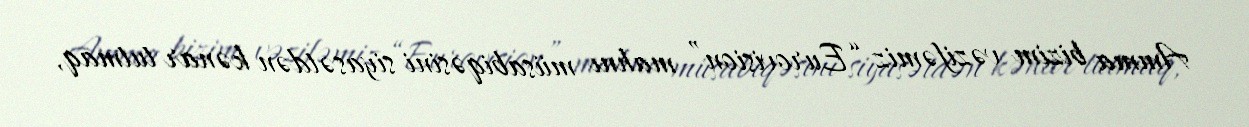
Amma bizim vəzifəmiz “Eurovision” mahnı müsabiqəsini siyasətdən kənar tutmaq,